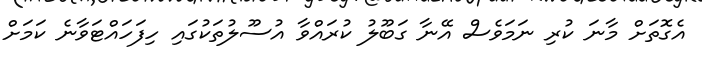
އެގޮތަށް މާނަ ކުރި ނަމަވެސް އޭނާ ގަބޫލު ކުރައްވާ އުސޫލުތަކުގައި ހިފަހައްޓަވާނެ ކަމަށް